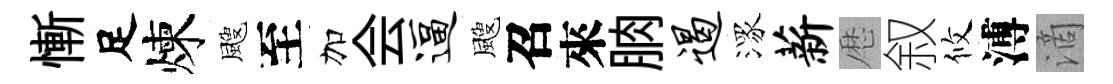
慚足煉颼至加会逼颼召來朒遏潈薪厯叙攸溥滴